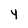
Character: y